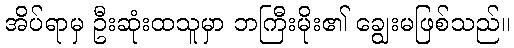
အိပ်ရာမှ ဦးဆုံးထသူမှာ ဘကြီးမိုး၏ ချွေးမဖြစ်သည်။